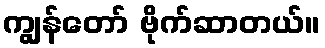
ကျွန်တော် ဗိုက်ဆာတယ်။